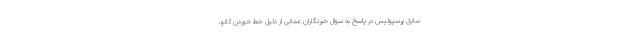
سابق پرسپولیس در پاسخ به سوال خبرنگاران عمانی از دلیل خط خوردن کانو،